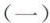
(一)